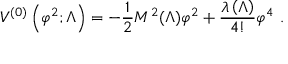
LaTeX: V ^ { ( 0 ) } \left( \varphi ^ { 2 } ; \Lambda \right) = - \frac { 1 } { 2 } M ^ { 2 } ( \Lambda ) \varphi ^ { 2 } + \frac { \lambda \left( \Lambda \right) } { 4 ! } \varphi ^ { 4 } \ .